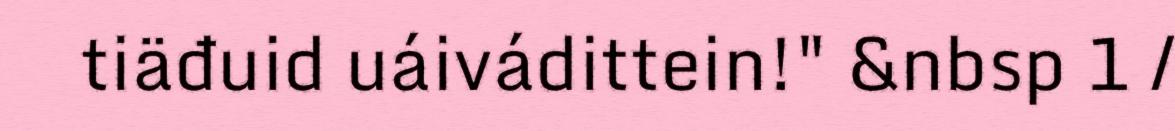
tiäđuid uáivádittein!" &nbsp 1 /